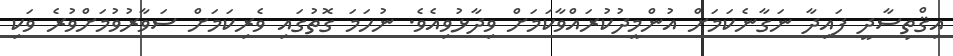
އިޤްތިސާދީ ފައިދާ ނަގާނެކަމަށް އުންމީދުކުރައްވާކަމަށް ވިދާޅުވިއެވެ. ނުހަމަ ގޮތުގައި ވެރިކަމަށް ސަވާރުވުމަށްވުރެ ވަކި